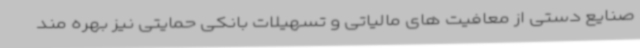
صنایع دستی از معافیت های مالیاتی و تسهیلات بانکی حمایتی نیز بهره مند